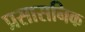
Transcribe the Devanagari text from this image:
प्रसासनिक